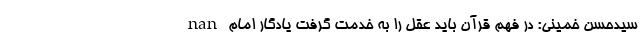
nan سیدحسن خمینی: در فهم قرآن باید عقل را به خدمت گرفت یادگار امام